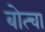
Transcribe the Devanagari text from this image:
बोत्चा